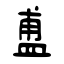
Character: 盙